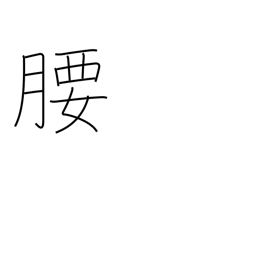
Meaning: hips